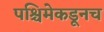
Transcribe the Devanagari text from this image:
पश्चिमेकडूनच